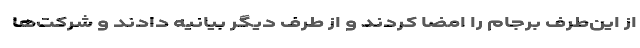
از این‌طرف برجام را امضا کردند و از طرف دیگر بیانیه دادند و شرکت‌ها